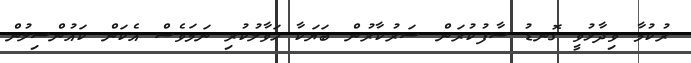
ރުކުމާ ވިދާޅުވީ ގޮނޑު ސާފުކުރަން ސަރުކާރުން ބަޔަކާ ހަވާލުކުރި ނަމަވެސް އެކަން ކައުންސިލުން